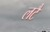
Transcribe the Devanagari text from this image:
लटै